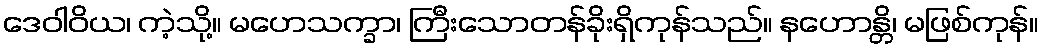
ဒေဝါဝိယ၊ ကဲ့သို့။ မဟေသက္ခာ၊ ကြီးသောတန်ခိုးရှိကုန်သည်။ နဟောန္တိ၊ မဖြစ်ကုန်။